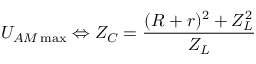
U _ { A M \operatorname* { m a x } } \Leftrightarrow Z _ { C } = \frac { ( R + r ) ^ { 2 } + Z _ { L } ^ { 2 } } { Z _ { L } }